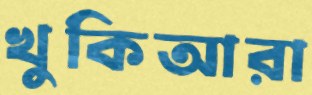
খুকিআরা